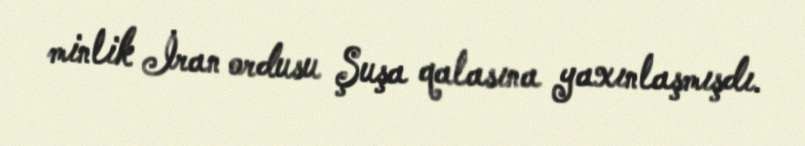
minlik İran ordusu Şuşa qalasına yaxınlaşmışdı.